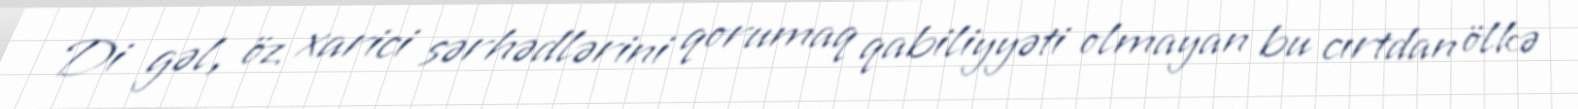
Di gəl, öz xarici sərhədlərini qorumaq qabiliyyəti olmayan bu cırtdan ölkə